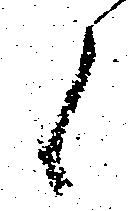
候